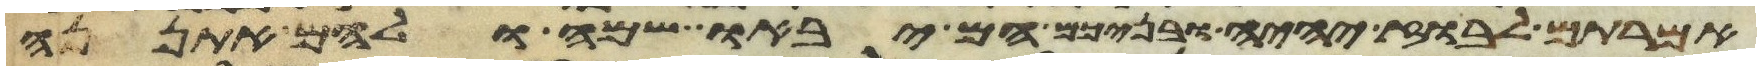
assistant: אמרתם לבוז יהיה ובניכם הם יבאו שם ולהם אתננה